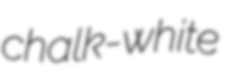
chalk-white